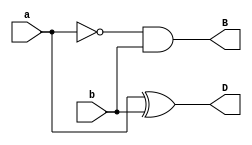
module half_subtractor(input a,b,output D,B);
  assign D=a^b;
  assign B=~a&b;
endmodule
module halfsub_tb;
  reg a,b;
  wire D,B;
  half_subtractor hs(a,b,D,B);
  initial begin
    $monitor("At time %0t: a=%b,b=%b,D=%b,B=%b",$time,a,b,D,B);
    a=0;b=0;
    #10;
    a=0;b=1;
    #10;
    a=1;b=0;
    #10;
    a=1;b=1;
  end
endmodule